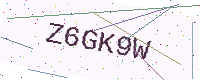
Text: Z6GK9W